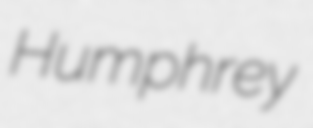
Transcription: Humphrey